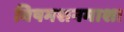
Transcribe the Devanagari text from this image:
विषमशनमाशा